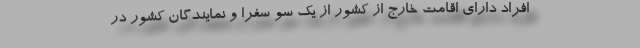
افراد دارای اقامت خارج از کشور از یک سو سفرا و نمایندگان کشور در